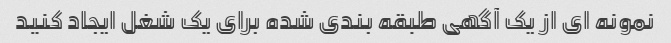
نمونه ای از یک آگهی طبقه بندی شده برای یک شغل ایجاد کنید